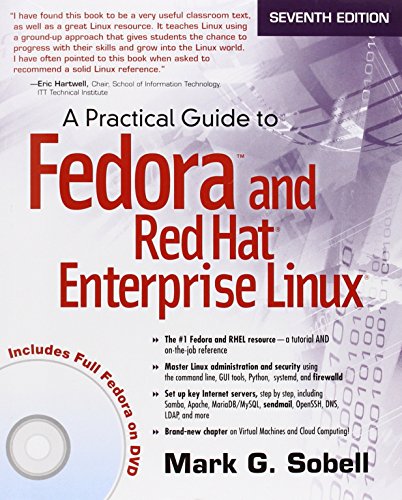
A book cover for A Practical Guide to Fedora and Red Hat Enterprise Linux (7th Edition); Mark G. Sobell; Computers & Technology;